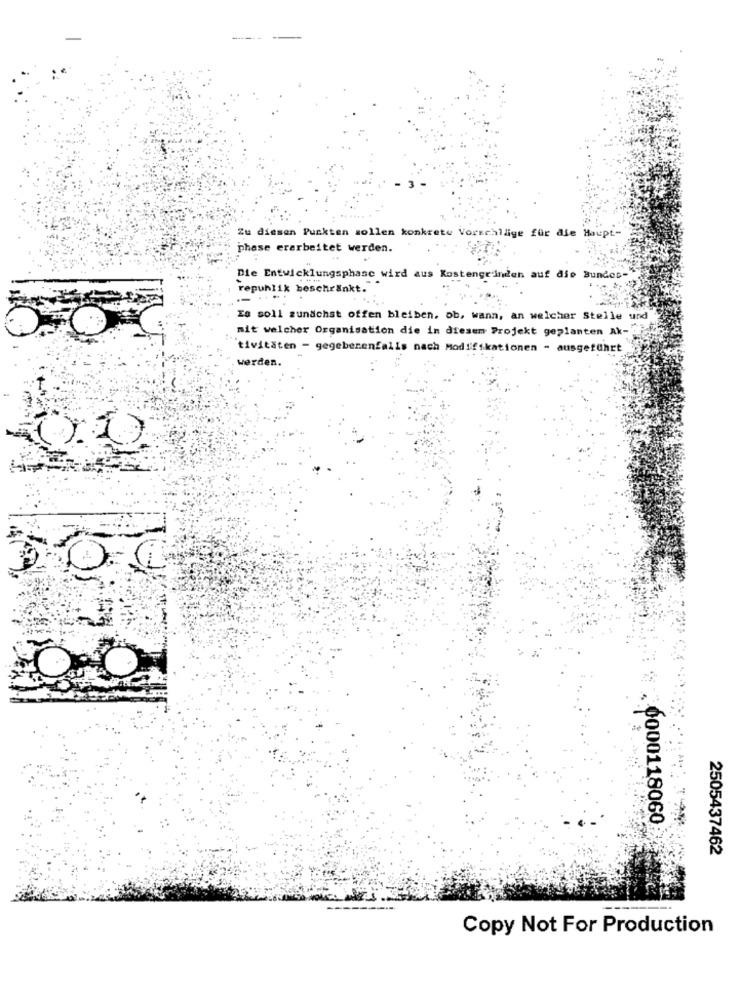
Zu diesen Punkten sollen konkrete Vorschläge für die Haupt-
phase erarbeitet werden.
Die Entwicklungsphase wird aus Kastengel
n auf die Bundes-
republik beschränkt.
--
Es soll zunächst offen bleiben. ob, wann, an welcher Stelle und
mit welcher Organisation die in diesem Projekt geplanten Ak-
tivitäten - gegebenenfalls nach Modifikationen - ausgeführt
werden.
0000118060
2505437462
Copy Not For Production